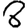
Digit: 8